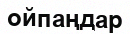
ойпаңдар